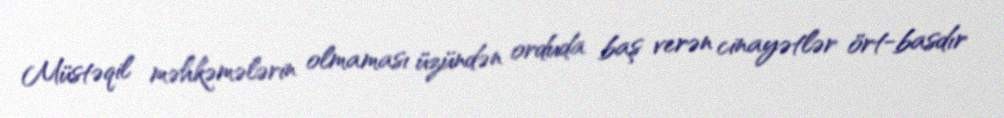
Müstəqil məhkəmələrin olmaması üzündən orduda baş verən cinayətlər ört-basdır